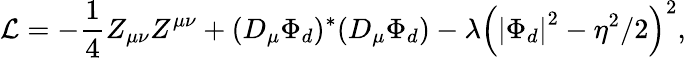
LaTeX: {\cal L}=-\frac 14Z_{\mu\nu}Z^{\mu\nu}+(D_{\mu}\Phi_{d})^{*}(D_{\mu}\Phi_{d})-\lambda\left(\left|\Phi_{d}\right|^{2}-\eta^{2}/2\right)^{2},